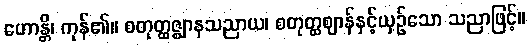
ဟောန္တိ၊ ကုန်၏။ စတုတ္ထဇ္ဈာနသညာယ၊ စတုတ္ထဈာန်နှင့်ယှဉ်သော သညာဖြင့်။